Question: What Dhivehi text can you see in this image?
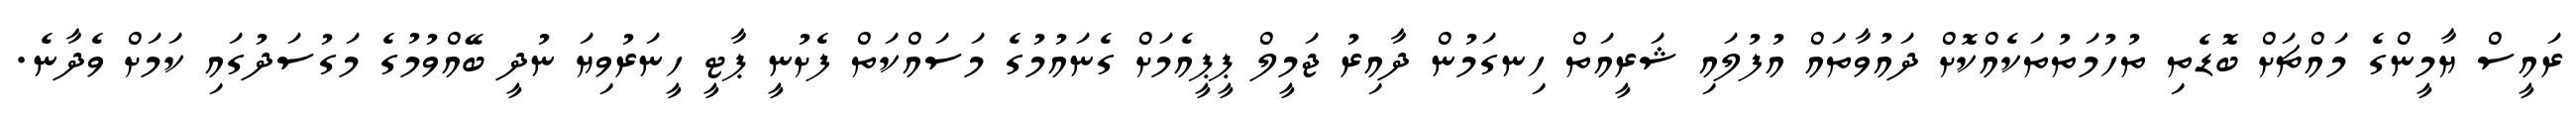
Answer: ރައީސް ޔާމީންގެ މައްޗަށް ބޮޑެތި ތުހުމަތުތަކެއްކޮށް ދައުވާތައް އުފުލައި ޝަރީއަތް ހިނގަމުން ދާއިރު ޖަމީލް ޕީޕީއެމަށް ގެނައުމުގެ މަސައްކަތް ފެށުނީ ޕާޓީ ހީނަރުވިޔަ ނުދީ ބޭއްވުމުގެ މަގުސަދުގައި ކަމަށް ވެދާނެ.